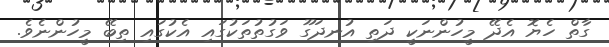
ގާތް ހެޔޮ އެދޭ މީހުންނަކީ ދަތި އުނދަގޫ ވަގުތުތަކުގައި އެކުގައި ތިބޭ މީހުންނެވެ.